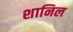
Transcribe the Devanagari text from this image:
शानिल